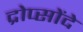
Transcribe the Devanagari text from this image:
द्रोप्सोंदे